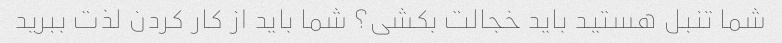
شما تنبل هستید باید خجالت بکشی؟ شما باید از کار کردن لذت ببرید